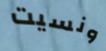
ونسيت